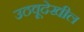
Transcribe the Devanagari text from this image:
उठवूदेखील